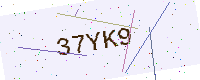
Text: 37YK9